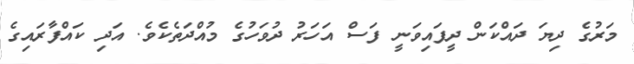
މަރުގެ ދިޔަ ދައްކަން ދީފައިވަނީ ފަސް އަހަރު ދުވަހުގެ މުއްދަތެކެވެ. އަދި ކައްފާރައިގެ